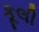
કૂલી